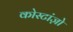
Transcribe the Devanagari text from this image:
कोस्टांज़ो